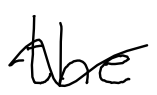
Text: the
Cross-out: wave
Writing tool: digital_black